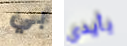
بي بأيدي